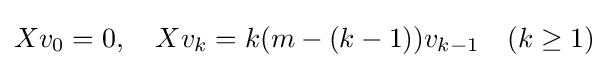
Xv_{0}=0,\quad Xv_{k}=k(m-(k-1))v_{k-1}\quad (k\geq 1)